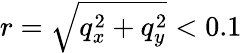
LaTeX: r=\sqrt{q_{x}^{2}+q_{y}^{2}}<0.1